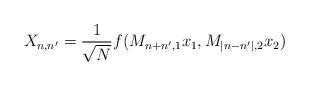
LaTeX: \begin{align*} X_{n,n'}=\frac{1}{\sqrt{N}}f(M_{n+n',1}x_1,M_{|n-n'|,2}x_2)\end{align*}